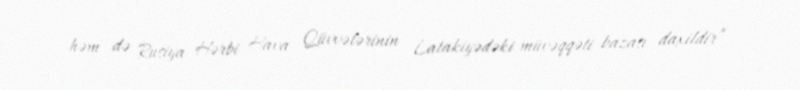
həm də Rusiya Hərbi Hava Qüvvələrinin Latakiyədəki müvəqqəti bazası daxildir” -